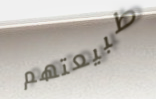
طبيعتهم